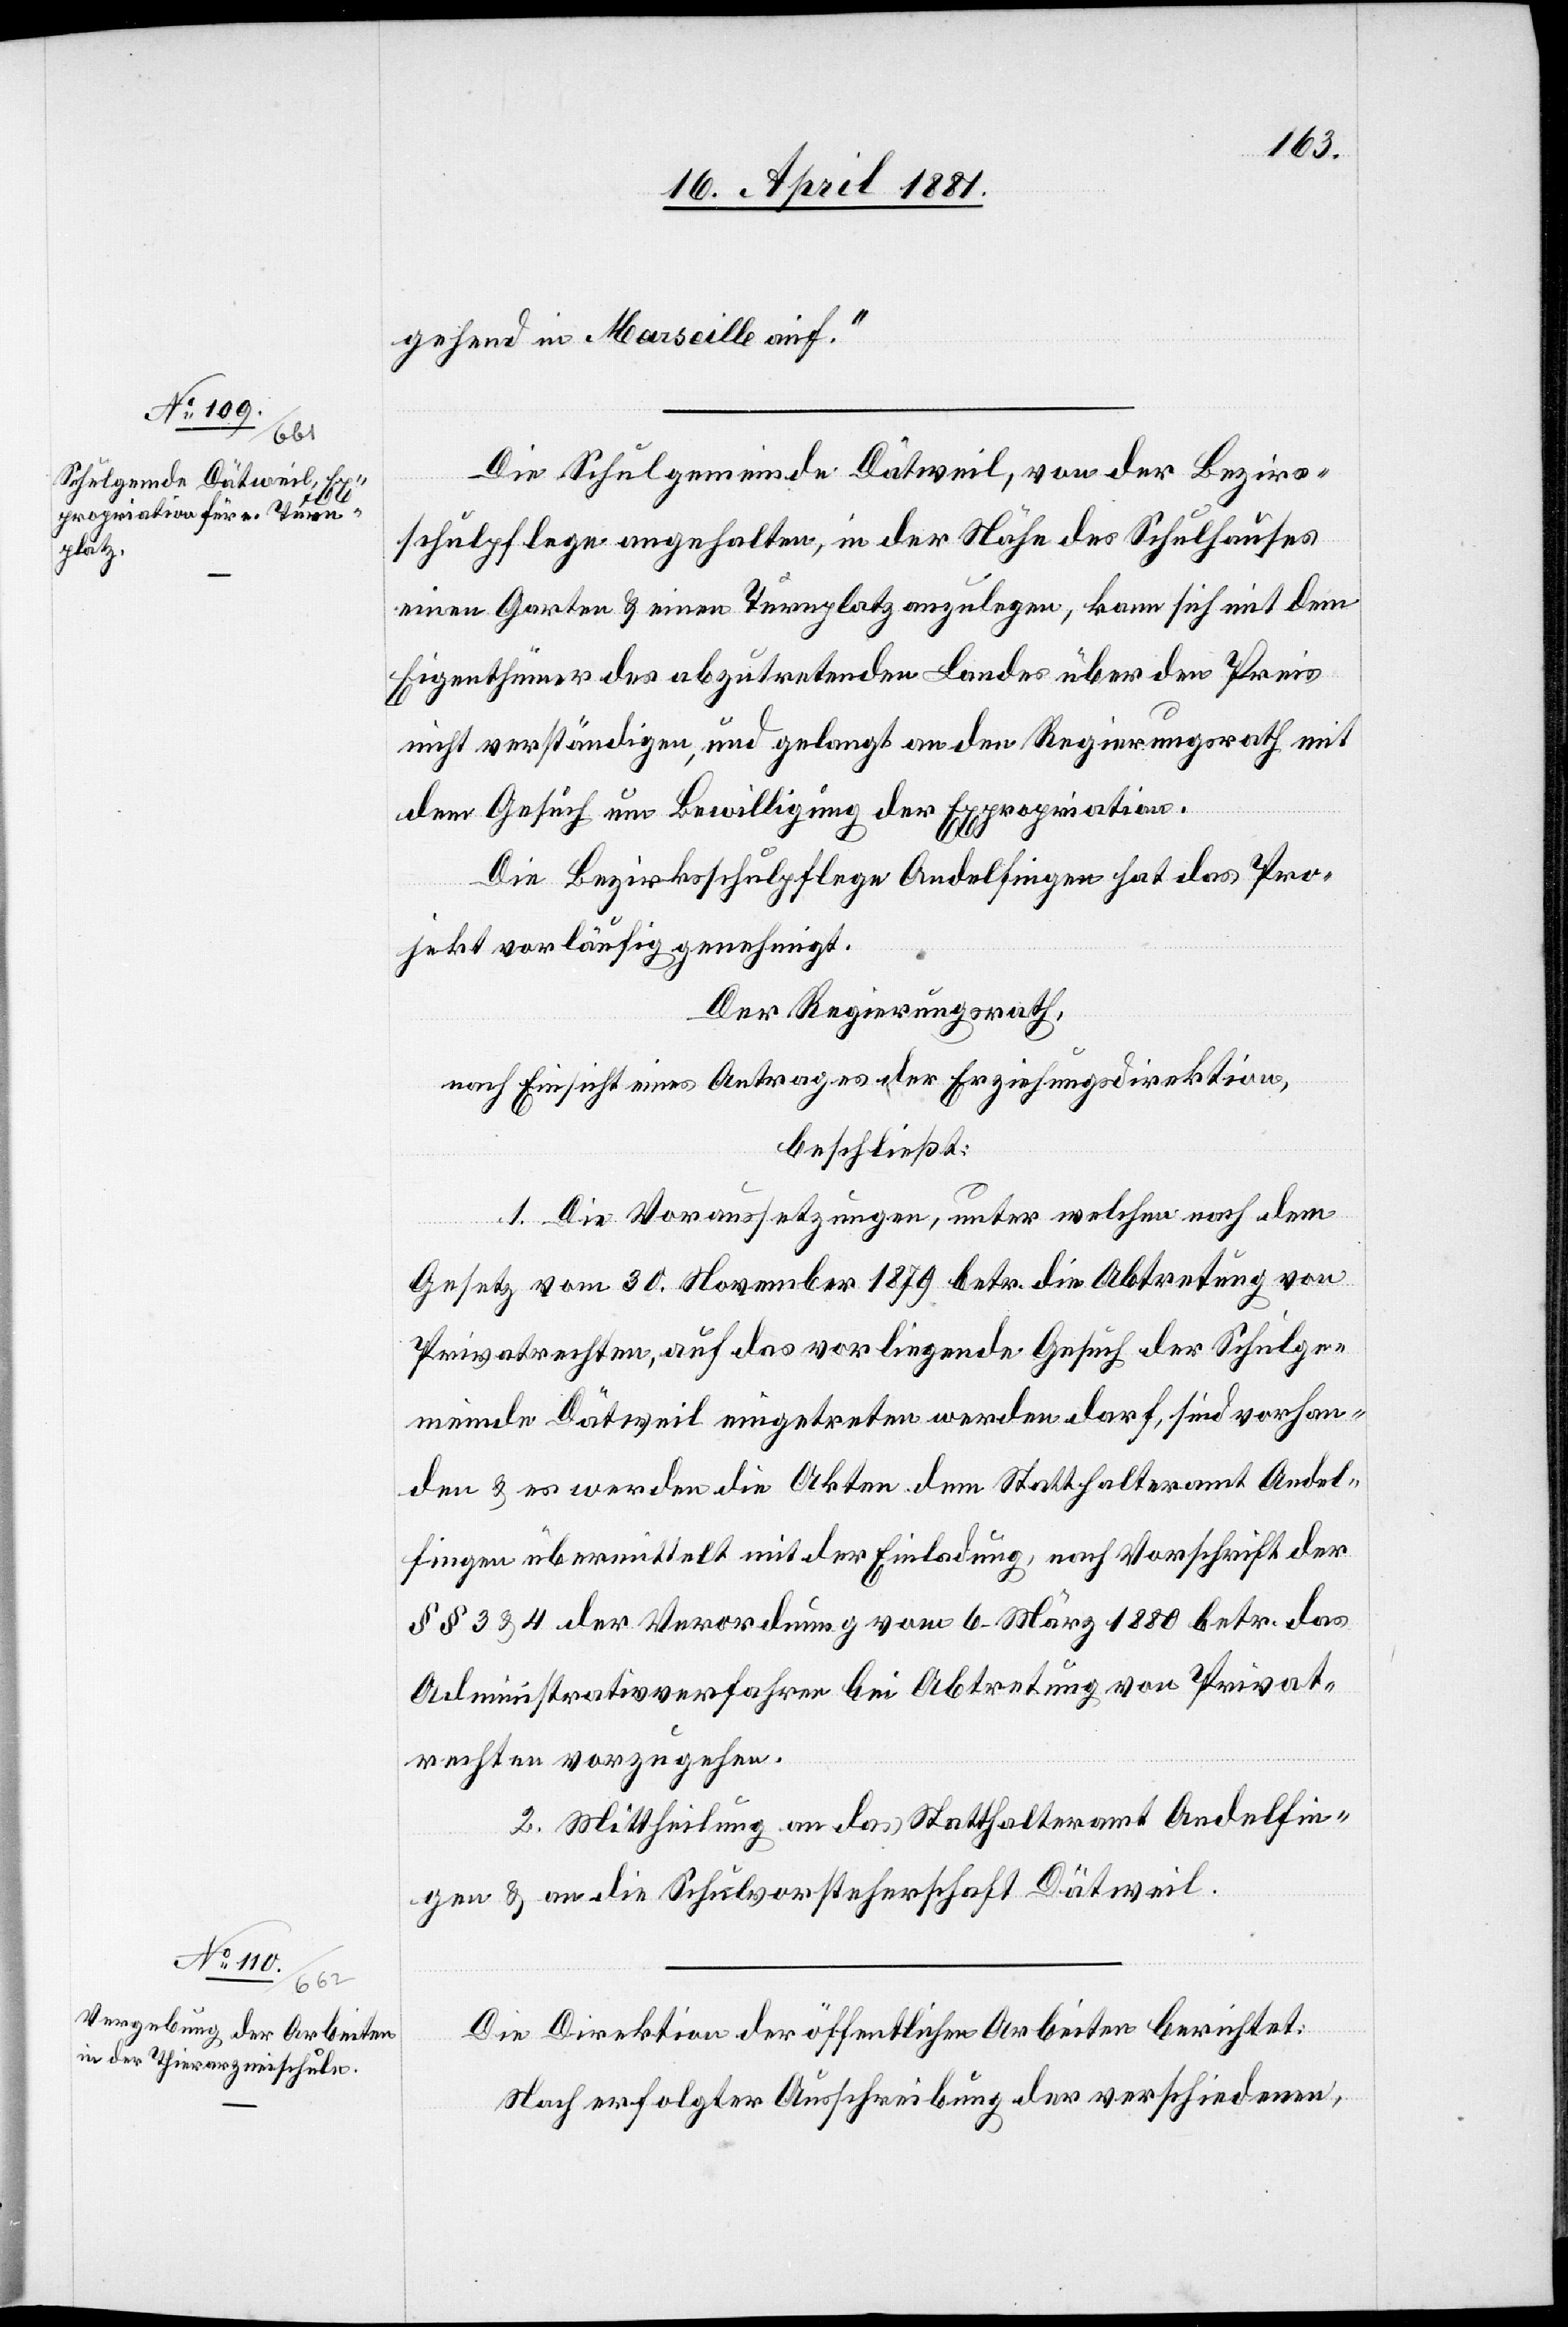
gehend in Marseille auf.“
Die Schulgemeinde Dätweil, von der Bezirks¬
schulpflege angehalten, in der Nähe des Schulhauses
einen Garten & einen Turnplatz anzulegen, kann sich mit dem
Eigenthümer des abzutretenden Landes über den Preis
nicht verständigen, und gelangt an den Regierungsrath mit
dem Gesuch um Bewilligung der Expropriation.
Die Bezirksschulpflege Andelfingen hat das Pro¬
jekt vorläufig genehmigt.
Der Regierungsrath,
nach Einsicht eines Antrages der Erziehungsdirektion,
beschließt:
1. Die Voraussetzungen, unter welche nach dem
Gesetz vom 30. November 1879 betr. die Abtretung von
Privatrechten, auf das vorliegende Gesuch der Schulge¬
meinde Dätweil eingetreten werden darf, sind vorhan¬
den & es werden die Akten dem Statthalteramt Andel¬
fingen übermittelt mit der Einladung, nach Vorschrift der
§§ 3 & 4 der Verordnung vom 6. März 1880 betr. das
Administrativverfahren bei Abtretung von Privat¬
rechten vorzugehen.
2. Mittheilung an das Statthalteramt Andelfin¬
gen & an die Schulvorsteherschaft Dätweil.
Die Direktion öffentlichen Arbeiten berichtet:
Nach erfolgter Ausschreibung der verschiedenen,